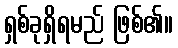
ရှစ်ခုရှိရမည် ဖြစ်၏။